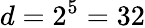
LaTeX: d=2^{5}=32